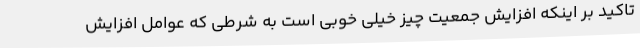
تاکید بر اینکه افزایش جمعیت چیز خیلی خوبی است به شرطی که عوامل افزایش